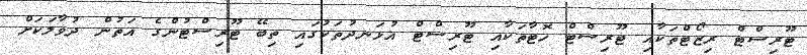
ޓޫރިސްޓް ރިޒޯޓްތަކާއި ޓޫރިސްޓް ހޮޓާތަކާއި ޓޫރިސްޓް އުޅަނދުތަކުގައި ތިބޭ ޓޫރިސްޓުންގެ އަތުން ދުވާލަކަށް